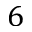
6